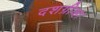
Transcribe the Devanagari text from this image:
दशग्रीव्हा